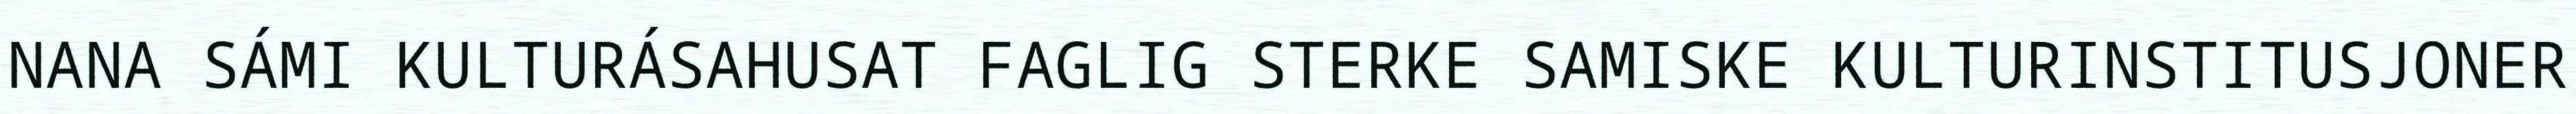
NANA SÁMI KULTURÁSAHUSAT FAGLIG STERKE SAMISKE KULTURINSTITUSJONER